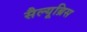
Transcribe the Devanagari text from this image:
सैल्यूब्रिस